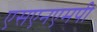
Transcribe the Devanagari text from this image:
एसएनएमपी